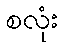
စလုံး